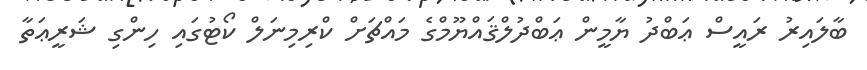
ބާލައިރު ރައީސް ޢަބްދު ޔާމީން ޢަބްދުލްޤައްޔޫމްގެ މައްޗަށް ކްރިމިނަލް ކޯޓުގައި ހިންގި ޝަރީޢަތާ